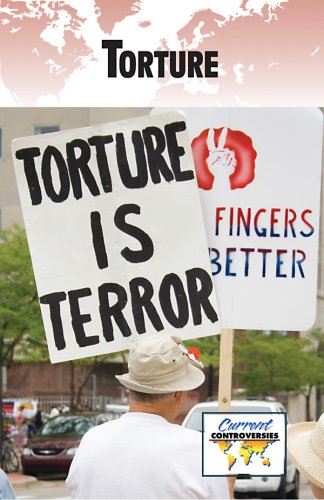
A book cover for Torture (Current Controversies); Debra A. Miller; Teen & Young Adult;